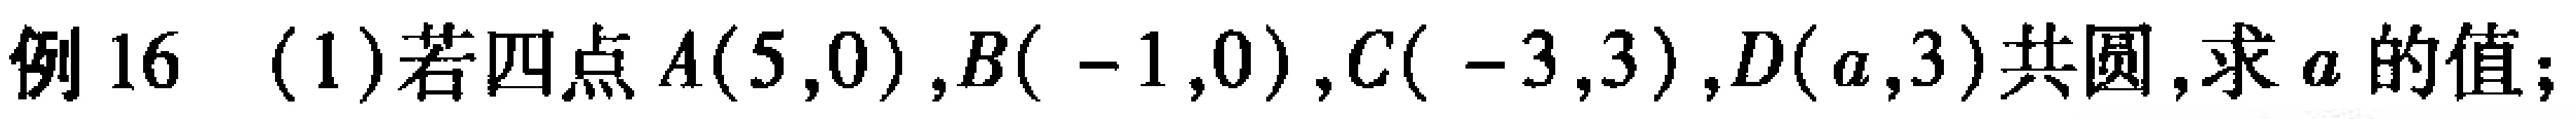
例16 (1)若四点\(A(5,0)\),\(B(-1,0)\),\(C(-3,3)\),\(D(a,3)\)共圆,求\(a\)的值;